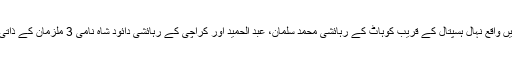
دوسری کاروائی کے دوران اے این ایف کراچی نے کالابورڈ، ملیر، کراچی میں واقع نہال ہسپتال کے قریب کوہاٹ کے رہائشی محمد سلمان، عبد الحمید اور کراچی کے رہائشی دائود شاہ نامی 3 ملزمان کے ذاتی قبضے سے 4 کلو گرام ہیروئن برآمد کر کے تینوں ملزمان کو گرفتار کر لیا۔